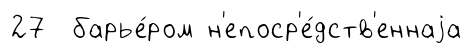
27 барье́ром н'епоср'е́дств'еннаjа